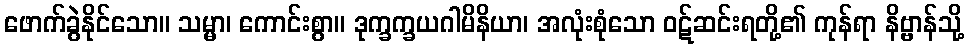
ဖောက်ခွဲနိုင်သော။ သမ္မာ၊ ကောင်းစွာ။ ဒုက္ခက္ခယဂါမိနိယာ၊ အလုံးစုံသော ဝဋ်ဆင်းရတို့၏ ကုန်ရာ နိဗ္ဗာန်သို့